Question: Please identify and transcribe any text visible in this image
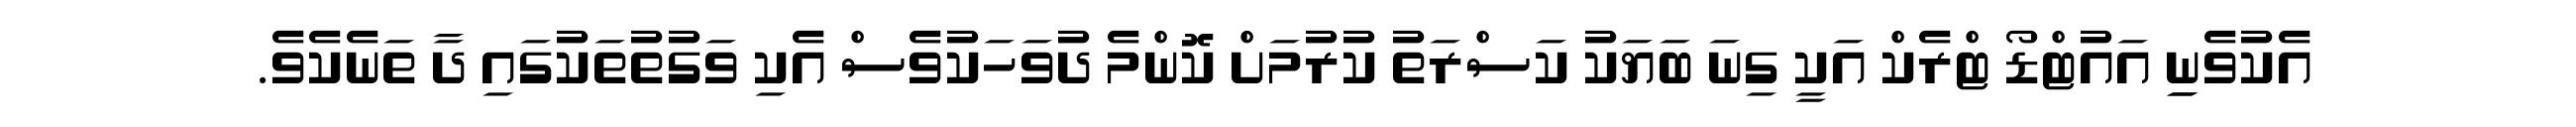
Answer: އެކުވެނިި އައުޓްޑޯ ޓްރެކް އަކީ ގިނަ ބަޔަކު ކަސްރަތު ކުރުމަށް ކޮންމެ ދުވަހަކުވެސް އެކި ވަގުތުތަކުގައި ދާ ތަނެކެވެ.